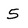
Character: 5